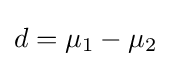
d=\mu _{1}-\mu _{2}